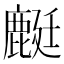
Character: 𪊶